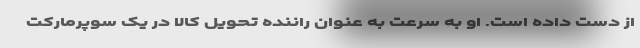
از دست داده است. او به سرعت به عنوان راننده تحویل کالا در یک سوپرمارکت